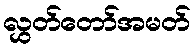
လွှတ်တော်အမတ်